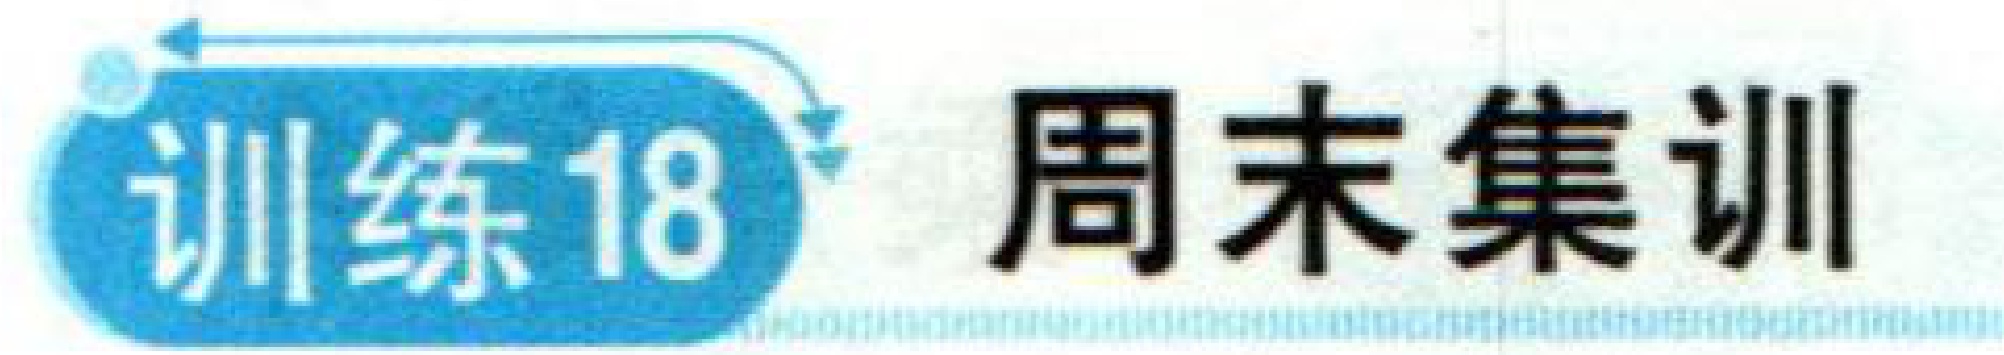
训练18 周末集训